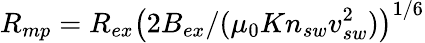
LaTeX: R_{mp}=R_{ex}\left(2B_{ex}/(\mu_{0}Kn_{sw}v_{sw}^{2})\right)^{1/6}